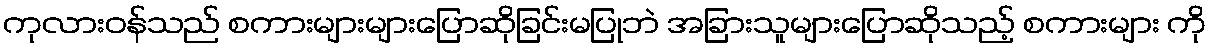
ကုလားဝန်သည် စကားများများပြောဆိုခြင်းမပြုဘဲ အခြားသူများပြောဆိုသည့် စကားများ ကို